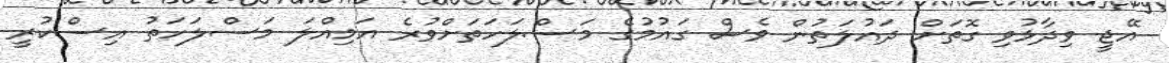
އޭޖީ ވިދާޅުވި ގޮތަށް ދައުލަތުން ވެސް ގައުމުގެ މަސްލަހަތަށްވުރެ އަމިއްލަ މަސްލަހަތު އިސްކުރީ